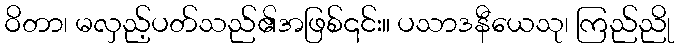
ဝိတာ၊ မလှည့်ပတ်သည်၏အဖြစ်၎င်း။ ပသာဒနီယေသု၊ ကြည်ညို